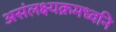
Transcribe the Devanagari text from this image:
असंलक्ष्यक्रमध्वनि